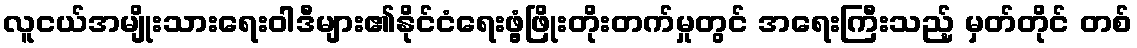
လူငယ်အမျိုးသားရေးဝါဒီများ၏နိုင်ငံရေးဖွံ့ဖြိုးတိုးတက်မှုတွင် အရေးကြီးသည့် မှတ်တိုင် တစ်